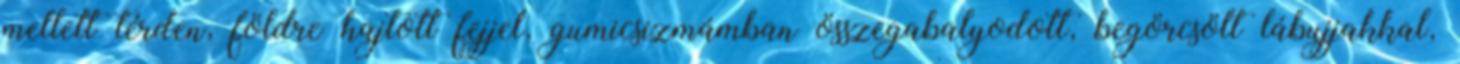
mellett térden, földre hajtott fejjel, gumicsizmámban összegabalyodott, begörcsölt lábujjakkal,